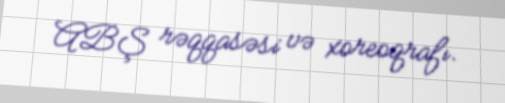
ABŞ rəqqasəsi və xoreoqrafı.